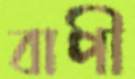
বাপী